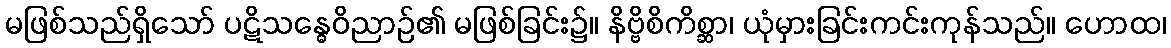
မဖြစ်သည်ရှိသော် ပဋိသန္ဓေဝိညာဉ်၏ မဖြစ်ခြင်း၌။ နိဗ္ဗိစိကိစ္ဆာ၊ ယုံမှားခြင်းကင်းကုန်သည်။ ဟောထ၊